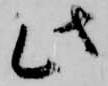
此